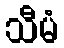
သီမံ